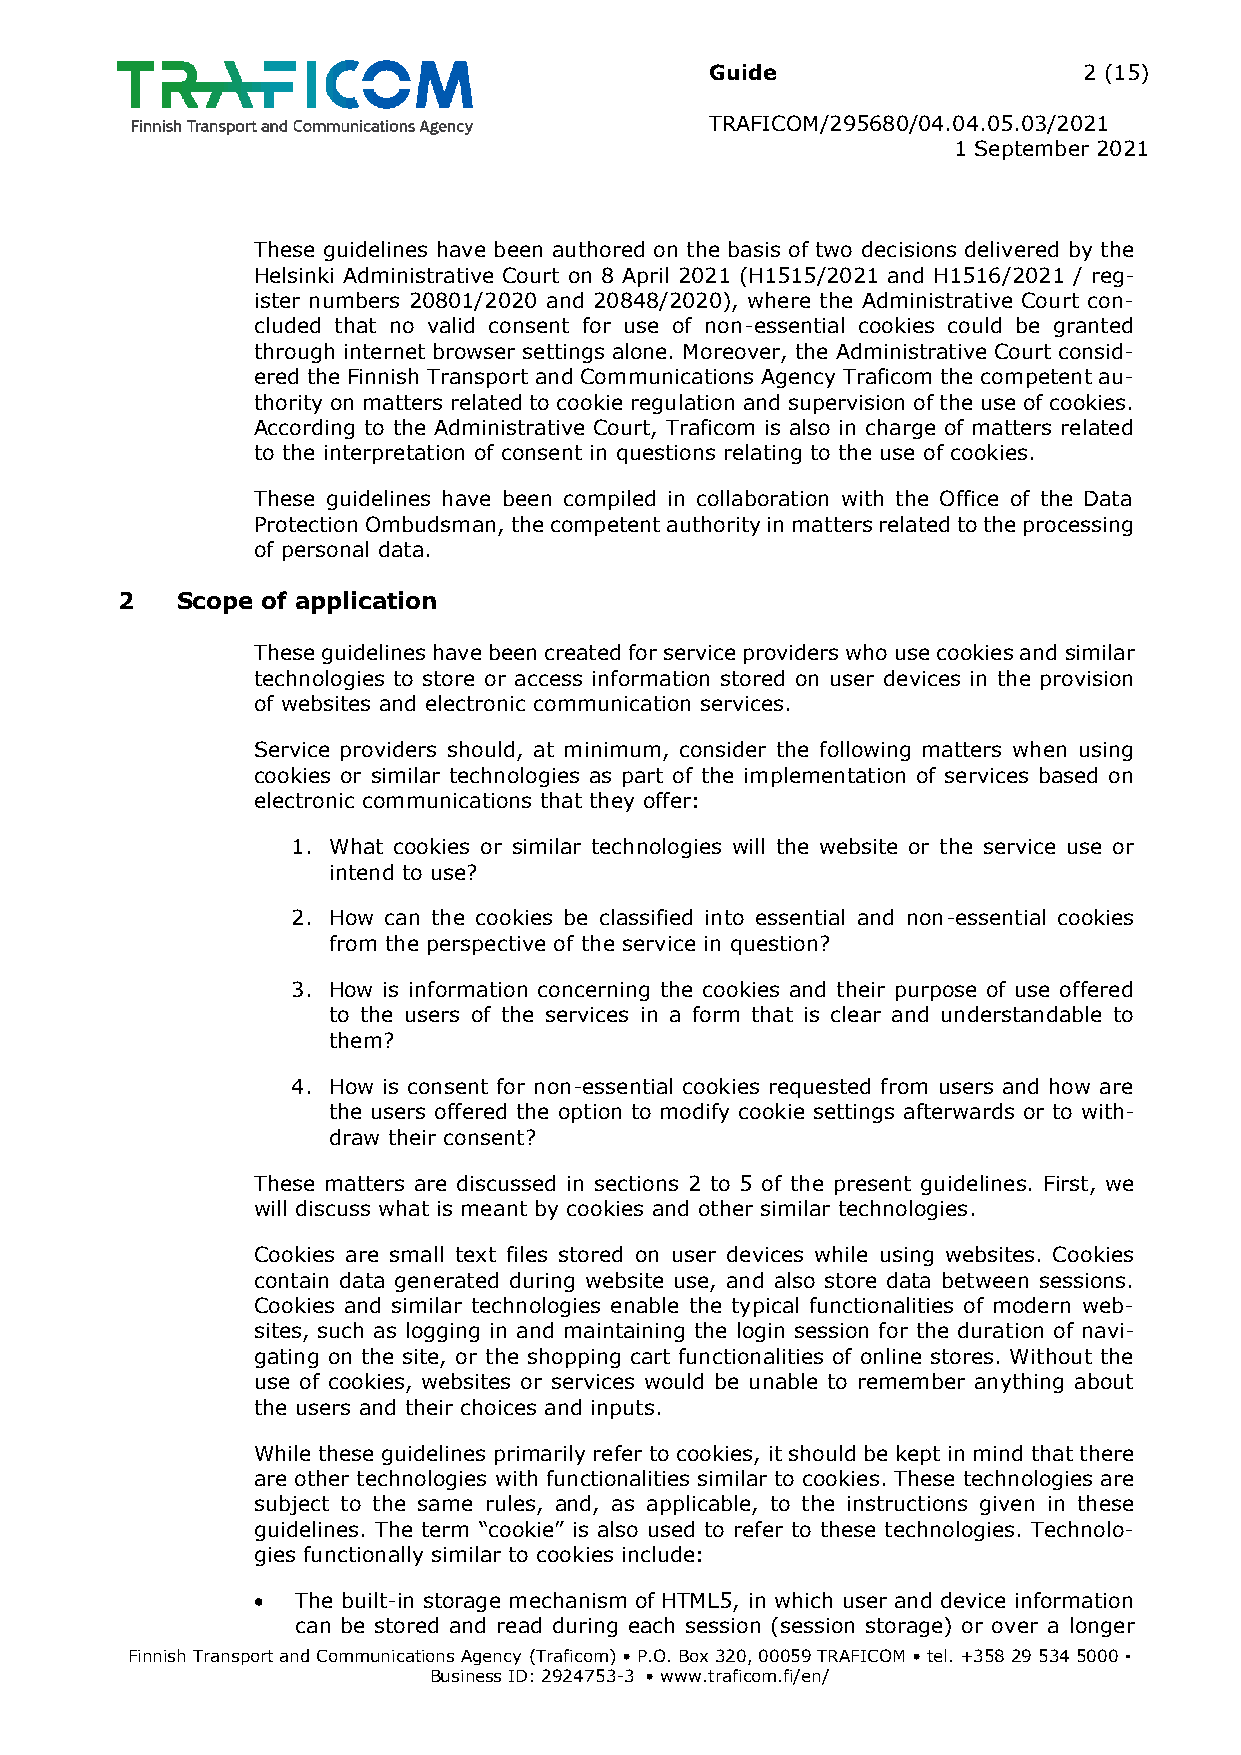
Guide                    2 (15)
 TRAFICOM/295680/04.04.05.03/2021
 1 September 2021
 These guidelines have been authored on the basis of two decisions delivered by the
 Helsinki Administrative Court on 8 April 2021 (H1515/2021 and H1516/2021 / reg-
 ister numbers 20801/2020 and 20848/2020), where the Administrative Court con-
 cluded that no valid consent for use of non-essential cookies could be granted
 through internet browser settings alone. Moreover, the Administrative Court consid-
 ered the Finnish Transport and Communications Agency Traficom the competent au-
 thority on matters related to cookie regulation and supervision of the use of cookies.
 According to the Administrative Court, Traficom is also in charge of matters related
 to the interpretation of consent in questions relating to the use of cookies.
 These guidelines have been compiled in collaboration with the Office of the Data
 Protection Ombudsman, the competent authority in matters related to the processing
 of personal data.
 2   Scope of application
 These guidelines have been created for service providers who use cookies and similar
 technologies to store or access information stored on user devices in the provision
 of websites and electronic communication services.
 Service providers should, at minimum, consider the following matters when using
 cookies or similar technologies as part of the implementation of services based on
 electronic communications that they offer:
 1. What cookies or similar technologies will the website or the service use or
 intend to use?
 2. How can the cookies be classified into essential and non-essential cookies
 from the perspective of the service in question?
 3. How is information concerning the cookies and their purpose of use offered
 to the users of the services in a form that is clear and understandable to
 them?
 4. How is consent for non-essential cookies requested from users and how are
 the users offered the option to modify cookie settings afterwards or to with-
 draw their consent?
 These matters are discussed in sections 2 to 5 of the present guidelines. First, we
 will discuss what is meant by cookies and other similar technologies.
 Cookies are small text files stored on user devices while using websites. Cookies
 contain data generated during website use, and also store data between sessions.
 Cookies and similar technologies enable the typical functionalities of modern web-
 sites, such as logging in and maintaining the login session for the duration of navi-
 gating on the site, or the shopping cart functionalities of online stores. Without the
 use of cookies, websites or services would be unable to remember anything about
 the users and their choices and inputs.
 While these guidelines primarily refer to cookies, it should be kept in mind that there
 are other technologies with functionalities similar to cookies. These technologies are
 subject to the same rules, and, as applicable, to the instructions given in these
 guidelines. The term “cookie” is also used to refer to these technologies. Technolo-
 gies functionally similar to cookies include:
   The built-in storage mechanism of HTML5, in which user and device information
 can be stored and read during each session (session storage) or over a longer
 Finnish Transport and Communications Agency (Traficom) • P.O. Box 320, 00059 TRAFICOM • tel. +358 29 534 5000 ▪
 Business ID: 2924753-3 • www.traficom.fi/en/